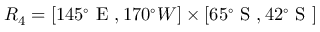
R _ { 4 } = [ 1 4 5 ^ { \circ } \mathrm { ~ E ~ } , 1 7 0 ^ { \circ } { W } ] \times [ 6 5 ^ { \circ } \mathrm { ~ S ~ } , 4 2 ^ { \circ } \mathrm { ~ S ~ } ]